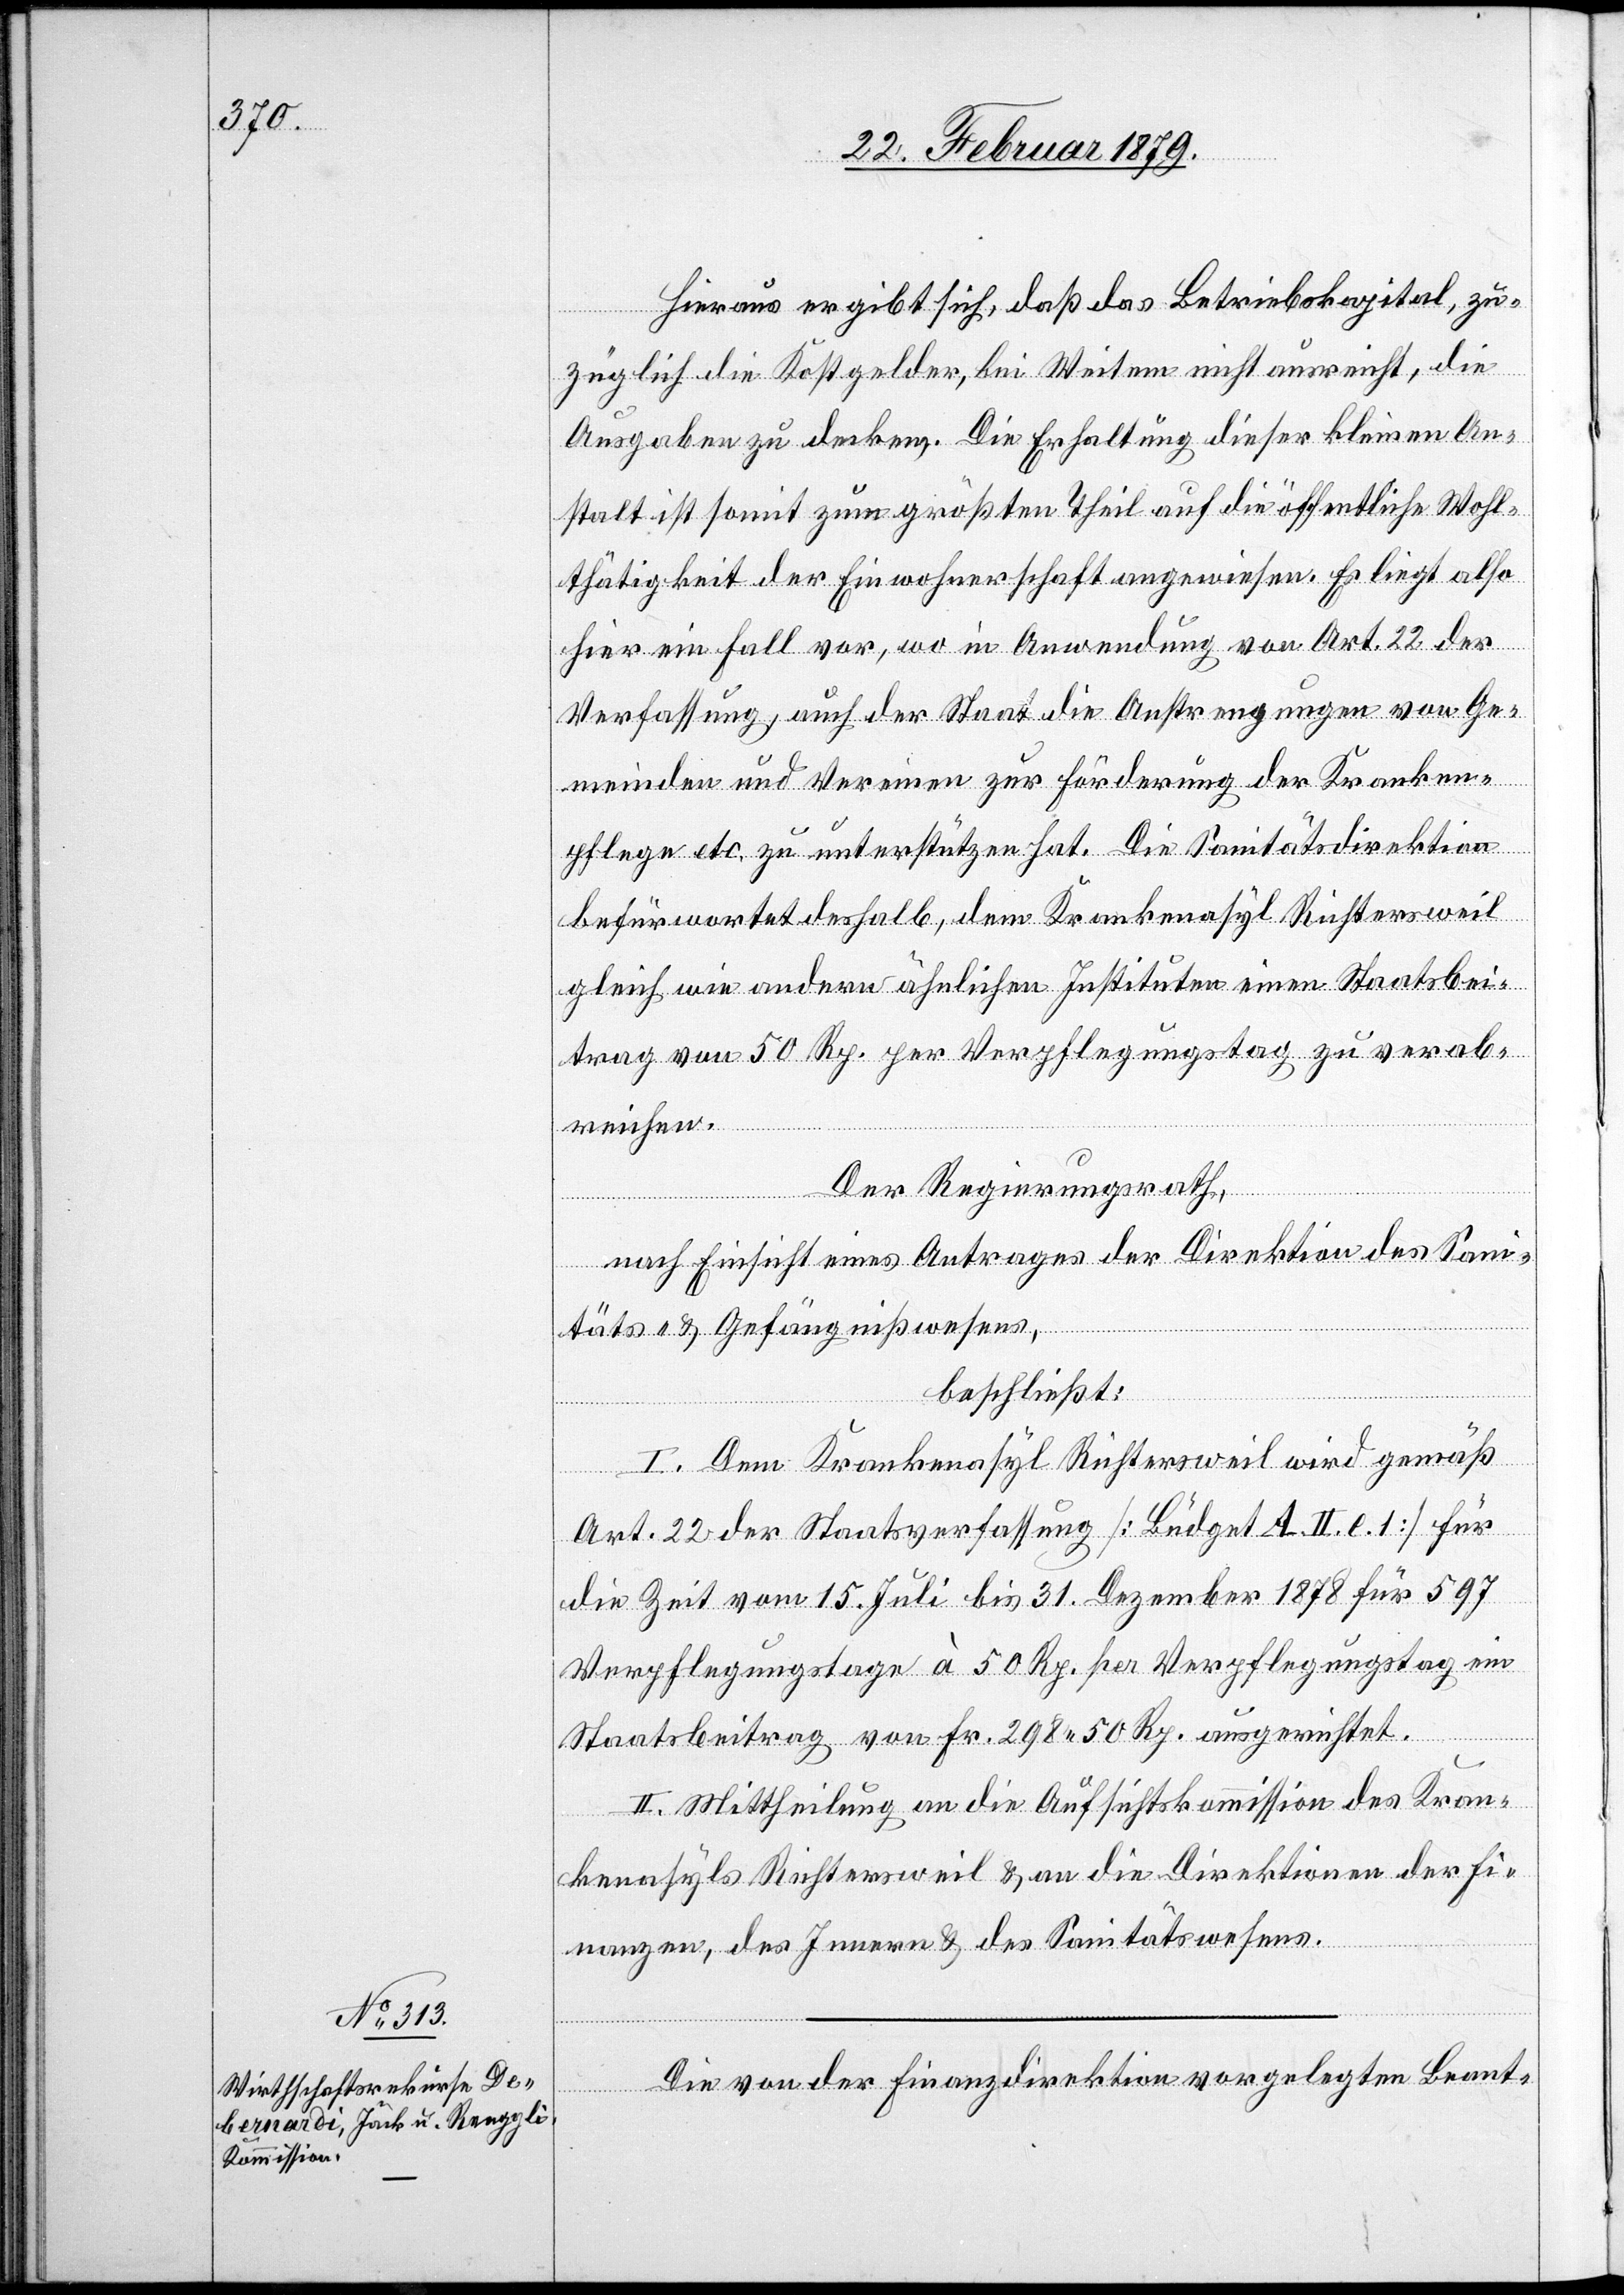
Hieraus ergibt sich, daß das Betriebskapital, zu¬
züglich die Kostgelder, bei Weitem nicht ausreicht, die
Ausgaben zu decken. Die Erhaltung dieser kleinen An¬
stalt ist somit zum größten Theil auf die öffentliche Wohl¬
thätigkeit der Einwohnerschaft angewiesen. Es liegt also
hier ein Fall vor, wo in Anwendung von Art. 22 der
Verfassung, auch der Staat die Anstrengungen von Ge¬
meinden und Vereinen zur Förderung der Kranken¬
pflege etc. zu unterstützen hat. Die Sanitätsdirektion
befürwortet deshalb, dem Krankenasyl Richtersweil
gleich wie andern ähnlichen Instituten einen Staatsbei¬
trag von 50 Rp. per Verpflegungstag zu verab¬
reichen.
Der Regierungsrath,
nach Einsicht eines Antrages der Direktion des Sani¬
täts- & Gefängnißwesens,
beschließt:
I. Dem Krankenasyl Richtersweil wird gemäß
Art. 22 der Staatsverfassung [Büdget A. II. c. 1] für
die Zeit vom 15. Juli bis 31. Dezember 1878 für 597
Verpflegungstage à 50 Rp. per Verpflegungstag ein
Staatsbeitrag von Fr. 298 50 Rp. ausgerichtet.
II. Mittheilung an die Aufsichtskommission des Kran¬
kenasyls Richtersweil & an die Direktionen der Fi¬
nanzen, des Innern & des Sanitätswesens.
Die von der Finanzdirektion vorgelegten Beant-